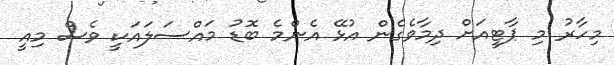
މިހާރު މި ޕާޓީއަށް ދިމާވެގެން އުޅޭ އެންމެ ބޮޑު މައްސަލައަކީ ވެސް މިއީ